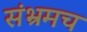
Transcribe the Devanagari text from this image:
संभ्रमच